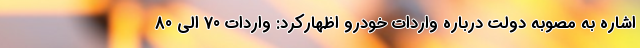
اشاره به مصوبه دولت درباره واردات خودرو اظهارکرد: واردات 70 الی 80